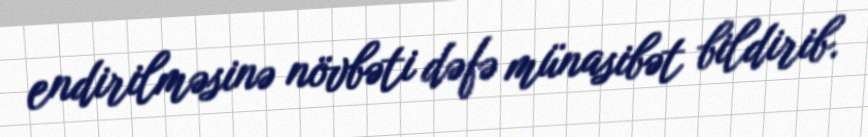
endirilməsinə növbəti dəfə münasibət bildirib.